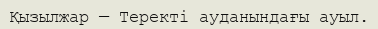
Қызылжар — Теректі ауданындағы ауыл.